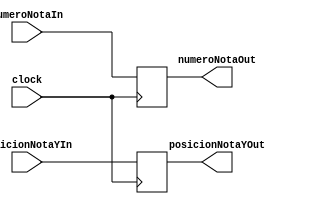
`timescale 1ns / 1ps
//////////////////////////////////////////////////////////////////////////////////
// Company: 
// Engineer: 
// 
// Design Name: 
// Module Name:    RegistroNumeroNota 
// Project Name: 
// Target Devices: 
// Tool versions: 
// Description: 
//
// Dependencies: 
//
// Revision: 
// Revision 0.01 - File Created
// Additional Comments: 
//
//////////////////////////////////////////////////////////////////////////////////
module RegistroNumeroNota(
	input wire [6:0] numeroNotaIn,
	input wire [9:0] posicionNotaYIn,
	input wire clock,
	output reg [6:0] numeroNotaOut,
	output reg [9:0] posicionNotaYOut
    );


always @(posedge clock)
	begin
		numeroNotaOut <= numeroNotaIn;
		posicionNotaYOut <= posicionNotaYIn;
	end

endmodule